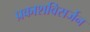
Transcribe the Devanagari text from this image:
प्रकाशविसर्जन